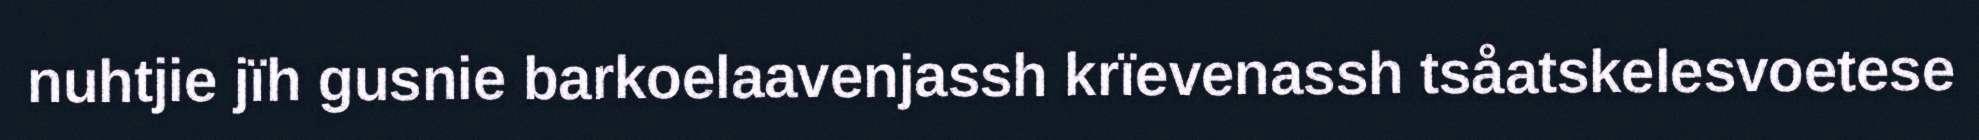
nuhtjie jïh gusnie barkoelaavenjassh krïevenassh tsåatskelesvoetese